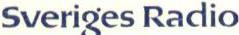
Sveriges Radio